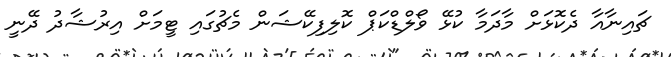
ޗައިނާއާ ދެކޮޅަށް މާދަމާ ކުޅޭ ވޯލްޑްކަޕް ކޮލިފިކޭޝަން މެޗުގައި ޓީމަށް އިރުޝާދު ދޭނީ